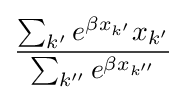
{\frac {\sum _{k'}e^{\beta x_{k'}}x_{k'}}{\sum _{k''}e^{\beta x_{k''}}}}